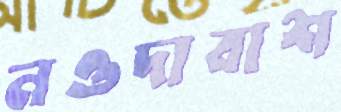
নওদাবাশ